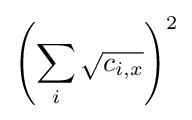
\left(\sum _{i}{\sqrt {c_{i,x}}}\right)^{2}